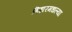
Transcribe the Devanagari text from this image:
बिहारमधल्या